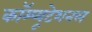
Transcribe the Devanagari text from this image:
कॉम्प्यूटेशनल